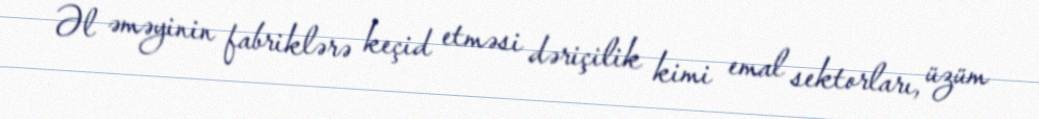
Əl əməyinin fabriklərə keçid etməsi dəriçilik kimi emal sektorları, üzüm